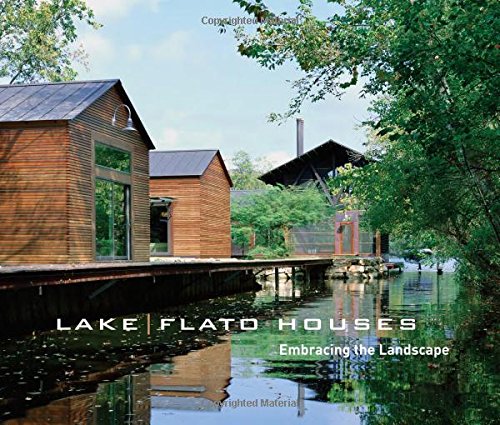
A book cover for Lake|Flato Houses: Embracing the Landscape; Lake|Flato; Crafts, Hobbies & Home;